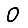
Digit: 0